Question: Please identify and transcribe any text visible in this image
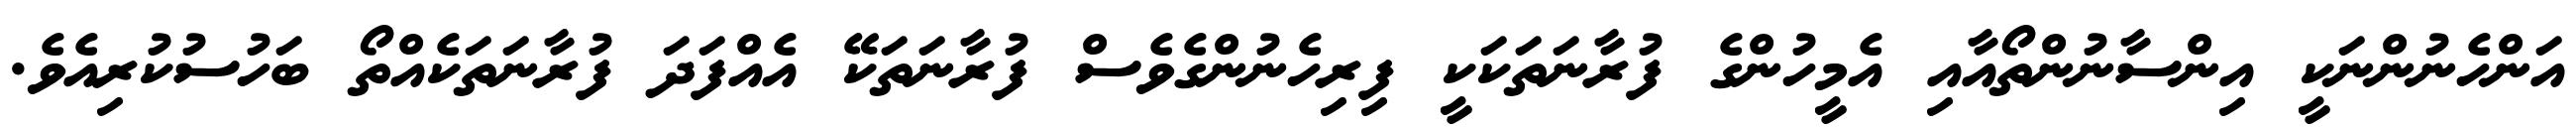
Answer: އަންހެނުންނަކީ އިންސާނުންތޯއާއި އެމީހުންގެ ފުރާނަތަކަކީ ފިރިހެނުންގެވެސް ފުރާނަތަކޭ އެއްފަދަ ފުރާނަތަކެއްތޯ ބަހުސުކުރިއެވެ.